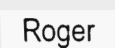
Roger